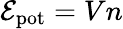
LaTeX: \mathcal{E}_{\mathrm{pot}}=Vn